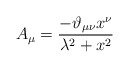
\begin{align*}A_{\mu} = \frac{-\vartheta _{\mu \nu} x^\nu }{\lambda ^2+ x^2}\end{align*}